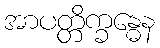
အာပတ္တိက္ခန္ဓေန